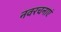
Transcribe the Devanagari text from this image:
नवरचनाएं